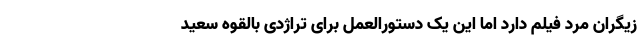
زیگران مرد فیلم دارد اما این یک دستورالعمل برای تراژدی بالقوه سعید